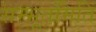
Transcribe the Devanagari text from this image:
सम्भूतमिति